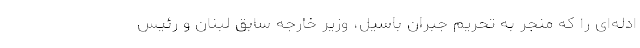
ادله‌ای را که منجر به تحریم جبران باسیل، وزیر خارجه سابق لبنان و رئیس